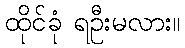
ထိုင်ခုံ ရဦးမလား။